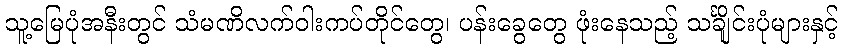
သူ့မြေပုံအနီးတွင် သံမဏိလက်ဝါးကပ်တိုင်တွေ၊ ပန်းခွေတွေ ဖုံးနေသည့် သင်္ချိုင်းပုံများနှင့်